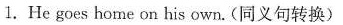
1.He goes home on his own.(同义句转换)